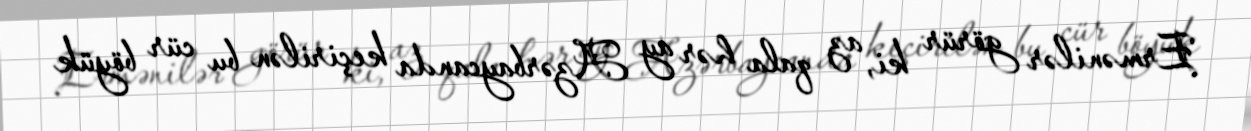
Ermənilər görür ki, az qala hər ay Azərbaycanda keçirilən bu cür böyük